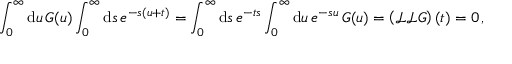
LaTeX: \int _ { 0 } ^ { \infty } \mathrm { d } u \, G ( u ) \int _ { 0 } ^ { \infty } \mathrm { d } s \, e ^ { - s ( u + t ) } = \int _ { 0 } ^ { \infty } \mathrm { d } s \, e ^ { - t s } \int _ { 0 } ^ { \infty } \mathrm { d } u \, e ^ { - s u } \, G ( u ) = \left( \mathcal { L } \mathcal { L } G \right) ( t ) = 0 \, ,